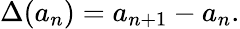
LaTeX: \Delta(a_{n})=a_{n+1}-a_{n}.